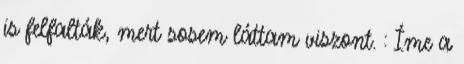
is felfalták, mert sosem láttam viszont. : Íme a